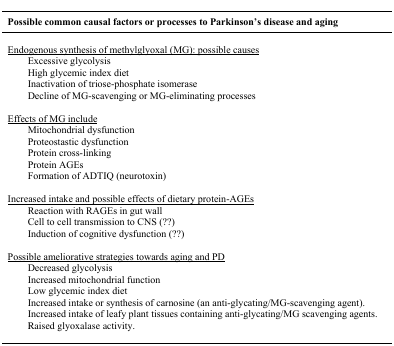
<table><thead><tr><td><b>Possible common causal factors or processes to Parkinson’s disease and aging</b></td></tr></thead><tbody><tr><td><underline>Endogenous synthesis of methylglyoxal (MG): possible causes</underline></td></tr><tr><td>Excessive glycolysis</td></tr><tr><td>High glycemic index diet</td></tr><tr><td>Inactivation of triose-phosphate isomerase</td></tr><tr><td>Decline of MG-scavenging or MG-eliminating processes</td></tr><tr><td><underline>Effects of MG include</underline></td></tr><tr><td>Mitochondrial dysfunction</td></tr><tr><td>Proteostastic dysfunction</td></tr><tr><td>Protein cross-linking</td></tr><tr><td>Protein AGEs</td></tr><tr><td>Formation of ADTIQ (neurotoxin)</td></tr><tr><td><underline>Increased intake and possible effects of dietary protein-AGEs</underline></td></tr><tr><td>Reaction with RAGEs in gut wall</td></tr><tr><td>Cell to cell transmission to CNS (??)</td></tr><tr><td>Induction of cognitive dysfunction (??)</td></tr><tr><td><underline>Possible ameliorative strategies towards aging and PD</underline></td></tr><tr><td>Decreased glycolysis</td></tr><tr><td>Increased mitochondrial function</td></tr><tr><td>Low glycemic index diet</td></tr><tr><td>Increased intake or synthesis of carnosine (an anti-glycating/MG-scavenging agent).</td></tr><tr><td>Increased intake of leafy plant tissues containing anti-glycating/MG scavenging agents.</td></tr><tr><td>Raised glyoxalase activity.</td></tr></tbody></table>